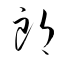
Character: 郞